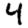
Digit: 4